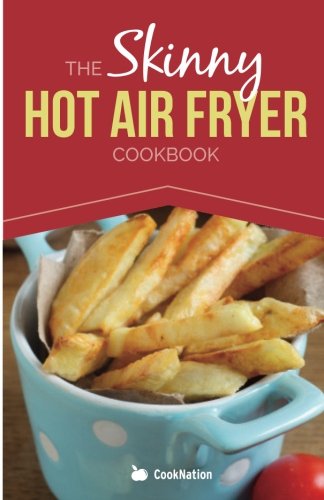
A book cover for The Skinny Hot Air Fryer Cookbook: Delicious & Simple Meals For Your Hot Air Fryer: Discover the Healthier Way To Fry!; Cooknation; Cookbooks, Food & Wine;